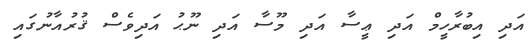
އަދި އިބުރާހީމް އަދި ޢީސާ އަދި މޫސާ އަދި ނޫޙު އަދިވެސް ޤުރުއާނުގައި